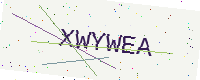
Text: XWYWEA